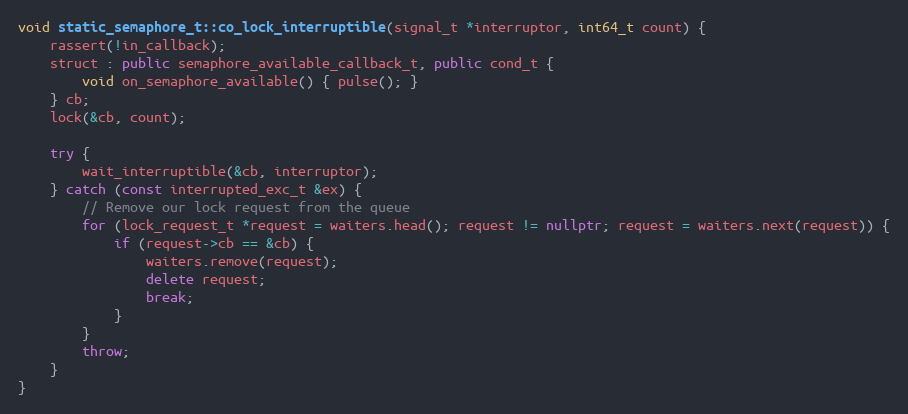
Language: C++
void static_semaphore_t::co_lock_interruptible(signal_t *interruptor, int64_t count) {
    rassert(!in_callback);
    struct : public semaphore_available_callback_t, public cond_t {
        void on_semaphore_available() { pulse(); }
    } cb;
    lock(&cb, count);

    try {
        wait_interruptible(&cb, interruptor);
    } catch (const interrupted_exc_t &ex) {
        // Remove our lock request from the queue
        for (lock_request_t *request = waiters.head(); request != nullptr; request = waiters.next(request)) {
            if (request->cb == &cb) {
                waiters.remove(request);
                delete request;
                break;
            }
        }
        throw;
    }
}